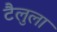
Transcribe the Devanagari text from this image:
टैलुला